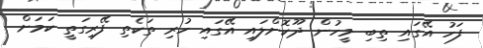
ފަހު އޭގައި ތިބި މީހުން ދޫކޮށްލައި އޭގައި ހުރި ތަކެތި ފޭރިގަތީ ކަމަށް